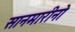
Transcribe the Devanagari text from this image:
सानमारीनो